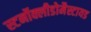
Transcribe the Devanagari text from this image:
स्टर्नोक्लीडोमैस्टायड